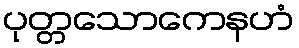
ပုတ္တသောကေနဟံ